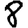
Digit: 8